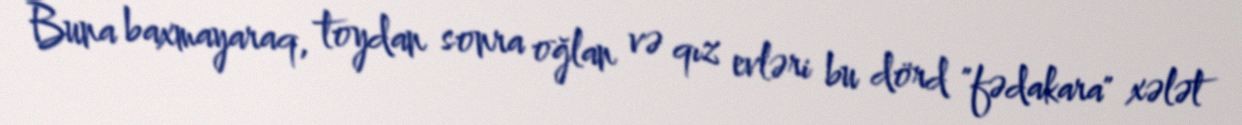
Buna baxmayaraq, toydan sonra oğlan və qız evləri bu dörd "fədakara" xələt